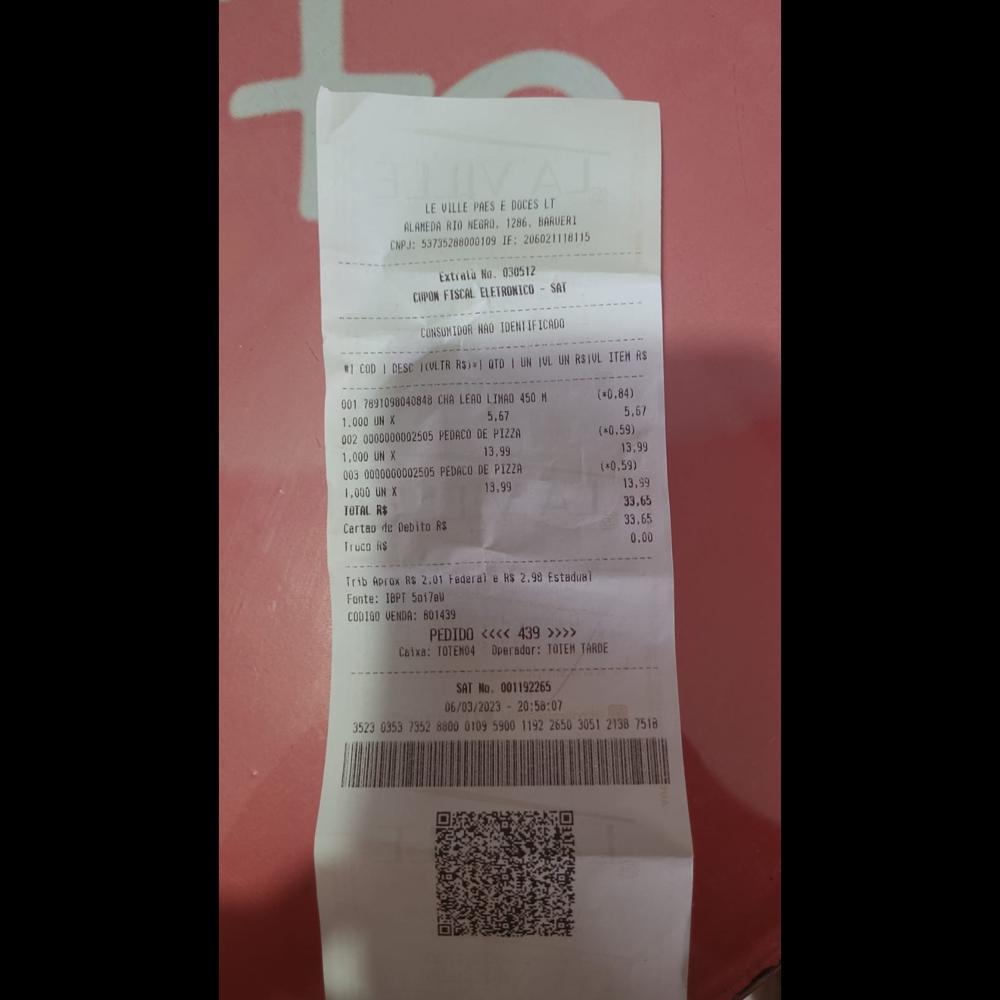
LE VILLE PAES E DOCES LT ALAMEDA RIO NEGRO. 1286. BARUERI CNPJ: 53735288000109 IE: 206021118115 Extratu Na. 030512 CUPON FISCAL ELETRONICO SAT CONSUMIDOR NAD IDENTIFICADO ICOD I DESC ICULTR RS1 OTO I UN IUL UN RSIUL ITEM RS 001 7891098040848 CHA LEAO LIMAO 450 M 1.000 UN X 002 0000000002505 PEDACO DE PIZZA 1,000 UN X 003 0000000002505 PEDACO DE PIZZA 1,000 UN X TOTAL RS Cartao de Debito RS Truco RS Trib Aprox RS 2,01 Federal e RS 2.98 Estadual Fonte: IBPT 5017au CODIGO VENDA: 601439 (*0.84) 5.67 (*0.59) 13,99 (*0,59) 13,59 33,65 33.65 0.00 5,67 13,99 13.99 PEDIDO <<< 439>>>> Caixa: TOTEMO4 Operador: TOTEM TARDE SAT No. 001192265 06/03/2023 20:50:07 3523 0353 7352 8800 0109 5900 1192 2650 3051 2138 7518